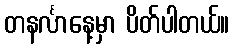
တနင်္လာနေ့မှာ ပိတ်ပါတယ်။